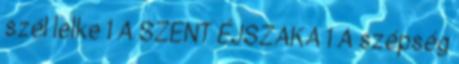
szél lelke 1 A SZENT ÉJSZAKA 1 A szépség